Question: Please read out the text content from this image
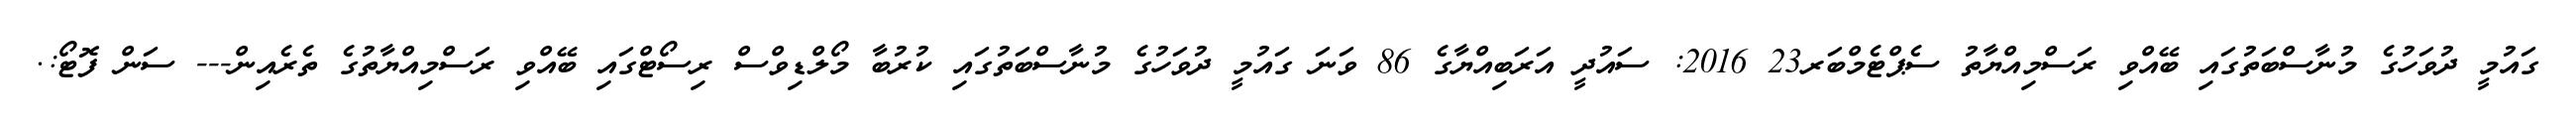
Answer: ގައުމީ ދުވަހުގެ މުނާސްބަތުގައި ބޭއްވި ރަސްމިއްޔާތު ސެޕްޓެމްބަރ23 2016: ސައުދީ އަރަބިއްޔާގެ 86 ވަނަ ގައުމީ ދުވަހުގެ މުނާސްބަތުގައި ކުރުބާ މޯލްޑިވްސް ރިސޯޓްގައި ބޭއްވި ރަސްމިއްޔާތުގެ ތެރެއިން--- ސަން ފޮޓޯ:.